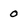
Character: O